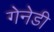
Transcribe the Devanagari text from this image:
गेनेडी